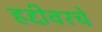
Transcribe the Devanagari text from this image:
हद्दीवरचे